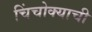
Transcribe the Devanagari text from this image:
चिंचोक्याची